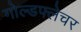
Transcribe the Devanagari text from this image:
गोल्डफ्लेचर